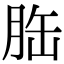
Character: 𦚥